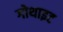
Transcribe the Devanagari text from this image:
गोथाइट